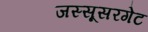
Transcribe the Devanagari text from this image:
जस्सूसरगेट